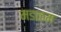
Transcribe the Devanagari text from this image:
मङळम